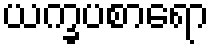
ယက္ခပစာရော